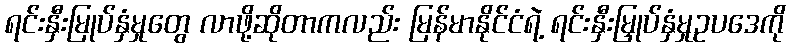
ရင်းနှီးမြုပ်နှံမှုတွေ လာဖို့ဆိုတာကလည်း မြန်မာနိုင်ငံရဲ့ ရင်းနှီးမြှုပ်နှံမှုဥပဒေကို